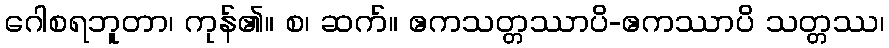
ဂေါစရဘူတာ၊ ကုန်၏။ စ၊ ဆက်။ ဧကသတ္တဿာပိ-ဧကဿာပိ သတ္တဿ၊